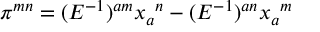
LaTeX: \pi ^ { m n } = ( E ^ { - 1 } ) ^ { a m } x _ { a } { } ^ { n } - ( E ^ { - 1 } ) ^ { a n } x _ { a } { } ^ { m }